Source: Handwritten
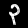
Digit: ၃ (3)